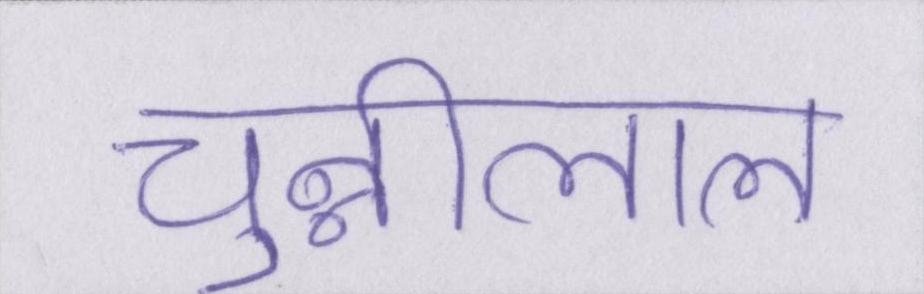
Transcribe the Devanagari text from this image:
चुन्नीलाल